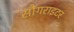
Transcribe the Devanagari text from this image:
सौंगराइटर